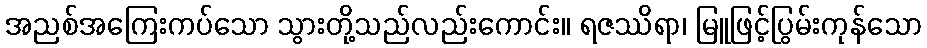
အညစ်အကြေးကပ်သော သွားတို့သည်လည်းကောင်း။ ရဇဿိရာ၊ မြူဖြင့်ပြွမ်းကုန်သော